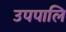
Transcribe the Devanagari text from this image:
उपपालि